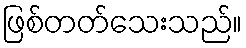
ဖြစ်တတ်သေးသည်။